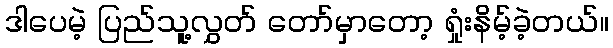
ဒါပေမဲ့ ပြည်သူ့လွှတ် တော်မှာတော့ ရှုံးနိမ့်ခဲ့တယ်။